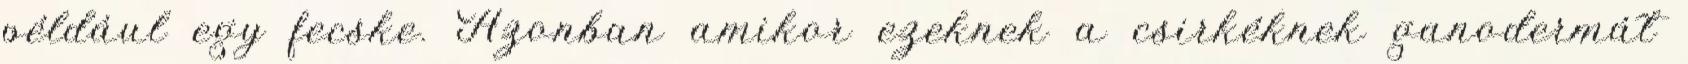
például egy fecske. Azonban amikor ezeknek a csirkéknek ganodermát